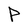
Character: P